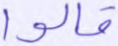
قالوا